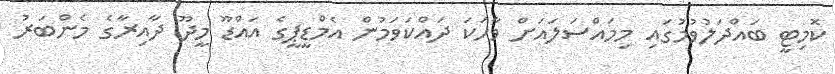
ކޮމިޓީ ބައްދަލުވުމުގައި މިމައްސަލައަށް ވާހަކަ ދައްކަވަމުން އެމްޑީޕީގެ އައްޑޫ މީދޫ ދާއިރާގެ މެންބަރު